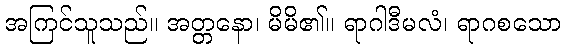
အကြင်သူသည်။ အတ္တနော၊ မိမိ၏။ ရာဂါဒီမလံ၊ ရာဂစသော